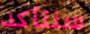
سنتأكد